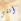
أنني